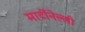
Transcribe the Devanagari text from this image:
मार्टीनेल्ली